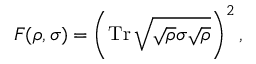
F ( \rho , \sigma ) = \left( \operatorname { T r } { \sqrt { { \sqrt { \rho } } \sigma { \sqrt { \rho } } } } \right) ^ { 2 } ,